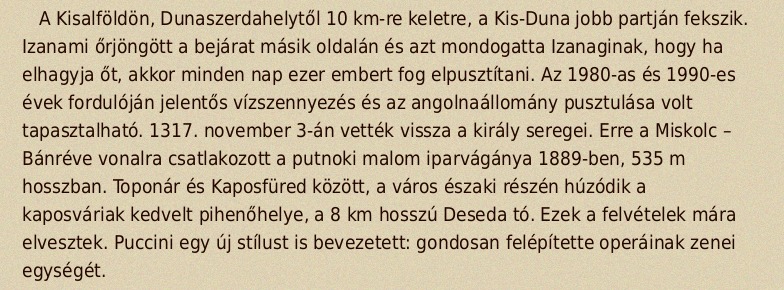
A Kisalföldön, Dunaszerdahelytől 10 km-re keletre, a Kis-Duna jobb partján fekszik. Izanami őrjöngött a bejárat másik oldalán és azt mondogatta Izanaginak, hogy ha elhagyja őt, akkor minden nap ezer embert fog elpusztítani. Az 1980-as és 1990-es évek fordulóján jelentős vízszennyezés és az angolnaállomány pusztulása volt tapasztalható. 1317. november 3-án vették vissza a király seregei. Erre a Miskolc – Bánréve vonalra csatlakozott a putnoki malom iparvágánya 1889-ben, 535 m hosszban. Toponár és Kaposfüred között, a város északi részén húzódik a kaposváriak kedvelt pihenőhelye, a 8 km hosszú Deseda tó. Ezek a felvételek mára elvesztek. Puccini egy új stílust is bevezetett: gondosan felépítette operáinak zenei egységét.